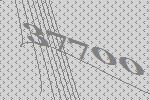
37700